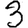
Digit: 3